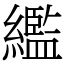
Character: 繿